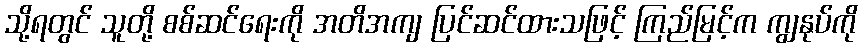
သို့ရတွင် သူတို့ စစ်ဆင်ရေးကို အတိအကျ ပြင်ဆင်ထားသဖြင့် ကြည်မြင့်က ကျွနုပ်ကို